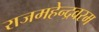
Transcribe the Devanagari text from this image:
राजमहेन्द्रवरम